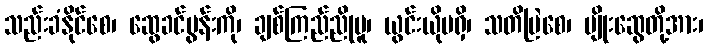
သည်းခံနိုင်စေ၊ ဆွေခင်ပွန်းကို၊ ချစ်ကြည်ညိုမူ၊ ယွင်းယိုမရှိ၊ သတိမြဲစေ၊ မျိုးဆွေတို့အား၊